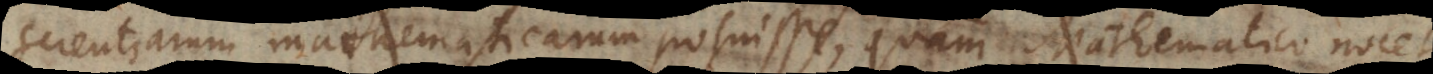
ientiarum mathematicarum profuisse, quam Mathematico nocet